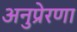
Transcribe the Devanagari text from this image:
अनुप्रेरणा